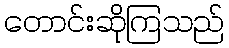
တောင်းဆိုကြသည်